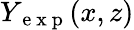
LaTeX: Y_{\mathrm{~e~x~p~}}(x,z)